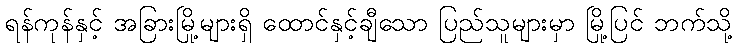
ရန်ကုန်နှင့် အခြားမြို့များရှိ ထောင်နှင့်ချီသော ပြည်သူများမှာ မြို့ပြင် ဘက်သို့